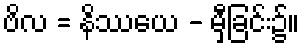
ဗိလ = နိဿယေ - မှီခြင်း၌။